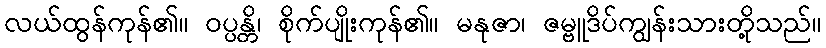
လယ်ထွန်ကုန်၏။ ဝပ္ပန္တိ၊ စိုက်ပျိုးကုန်၏။ မနုဇာ၊ ဇမ္ဗူဒိပ်ကျွန်းသားတို့သည်။